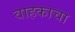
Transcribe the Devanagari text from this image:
वाहकाचा